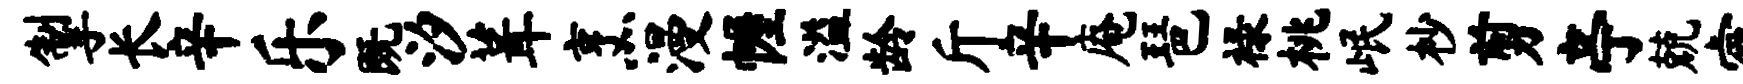
掣长辛乐既汐葺烹漫幄溢龄斤辛庵琶禄桃岷杪剪亭兢睿